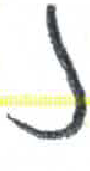
אות: נ